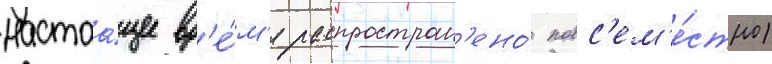
настоа́щее вр'е́м'я распростран'ено́ повс'ем'е́стно)